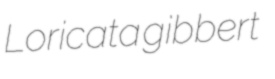
Loricata gibbert